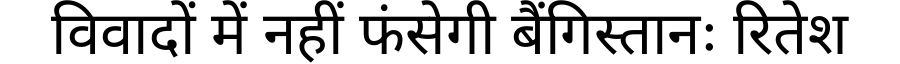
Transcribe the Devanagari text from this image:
विवादों में नहीं फंसेगी बैंगिस्तानः रितेश